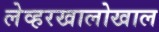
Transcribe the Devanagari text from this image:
लेव्हरखालोखाल